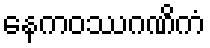
နေကဝဿဂဏိကံ